Indian journal of veterinary science and animal husbandry - Volume 13,
Year: 1943
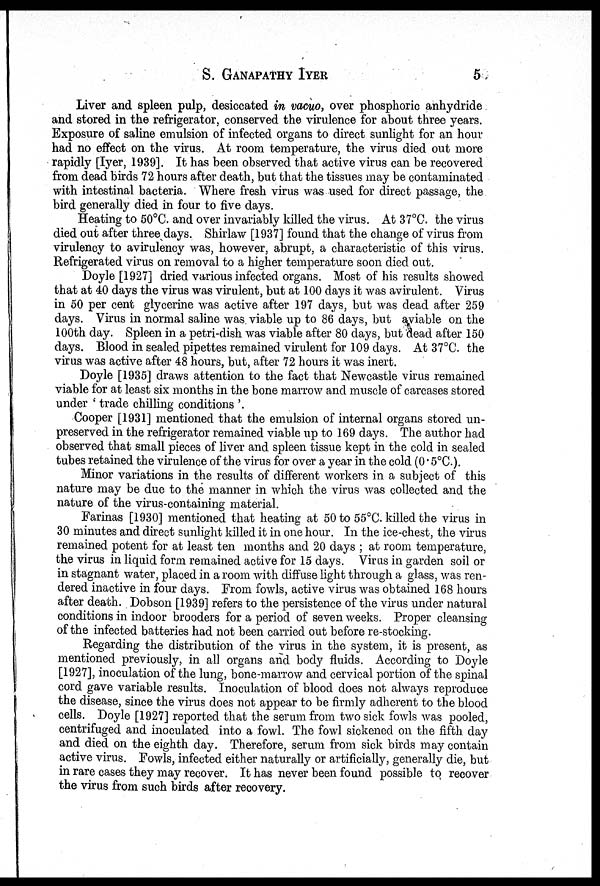
S.
GANAPATHY
IYER
5
Liver and spleen pulp, desiccated in vacuo, over phosphoric anhydride
and stored in the refrigerator, conserved the virulence for about three years.
Exposure of saline emulsion of infected organs to direct sunlight for an hour
had no effect on the virus. At room temperature, the virus died out more
rapidly [Iyer, 1939]. It has been observed that active virus can be recovered
from dead birds 72 hours after death, but that the tissues may be contaminated
with intestinal bacteria. Where fresh virus was used for direct passage, the
bird generally died in four to five days.
Heating to 50°C. and over invariably killed the virus. At 37°C. the virus
died out after three days. Shirlaw [1937] found that the change of virus from
virulency to avirulency was, however, abrupt, a characteristic of this virus.
Refrigerated virus on removal to a higher temperature soon died out.
Doyle [1927] dried various infected organs. Most of his results showed
that at 40 days the virus was virulent, but at 100 days it was avirulent. Virus
in 50 per cent glycerine was active after 197 days, but was dead after 259
days. Virus in normal saline was. viable up to 86 days, but aviable on the
100th day. Spleen in a petri-dish was viable after 80 days, but dead after 150
days. Blood in sealed pipettes remained virulent for 109 days. At 37°C. the
virus was active after 48 hours, but, after 72 hours it was inert.
Doyle [1935] draws attention to the fact that Newcastle virus remained
viable for at least six months in the bone marrow and muscle of carcases stored
under ' trade chilling conditions '.
Cooper [1931] mentioned that the emulsion of internal organs stored un¬
preserved in the refrigerator remained viable up to 169 days. The author had
observed that small pieces of liver and spleen tissue kept in the cold in sealed
tubes retained the virulence of the virus for over a year in the cold (0.5°C).
Minor variations in the results of different workers in a subject of this
nature may be due to the manner in which the virus was collected and the
nature of the virus-containing material.
Farinas [1930] mentioned that heating at 50 to 55°C. killed the virus in
30 minutes and direct sunlight killed it in one hour. In the ice-chest, the virus
remained potent for at least ten months and 20 days ; at room temperature,
the virus in liquid form remained active for 15 days. Virus in garden soil or
in stagnant water, placed in a room with diffuse light through a glass, was ren-
dered inactive in four days. From fowls, active virus was obtained 168 hours
after death. Dobson [1939] refers to the persistence of the virus under natural
conditions in indoor brooders for a period of seven weeks. Proper cleansing
of the infected batteries had not been carried out before re-stocking.
Regarding the distribution of the virus in the system, it is present, as
mentioned previously, in all organs and body fluids. According to Doyle
[1927], inoculation of the lung, bone-marrow and cervical portion of the spinal
cord gave variable results. Inoculation of blood does not always reproduce
the disease, since the virus does not appear to be firmly adherent to the blood
cells. Doyle [1927] reported that the serum from two sick fowls was pooled,
centrifuged and inoculated into a fowl. The fowl sickened on the fifth day
and died on the eighth day. Therefore, serum from sick birds may contain
active virus. Fowls, infected either naturally or artificially, generally die, but
in rare cases they may recover. It has never been found possible to recover
the virus from such birds after recovery.